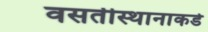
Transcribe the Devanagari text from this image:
वसतीस्थानाकडे